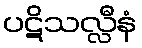
ပဋိသလ္လီနံ